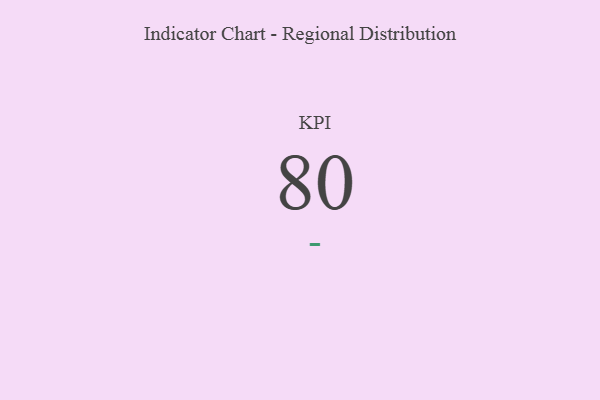
{"axis": {"x": "KPI", "y": "Value"}, "legend": [""], "data": [{"x": "KPI", "y": 80, "type": ""}]}